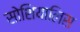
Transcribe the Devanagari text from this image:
सोशियालिस